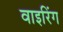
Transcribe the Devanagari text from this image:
वाइरिंग